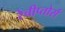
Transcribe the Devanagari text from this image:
रेचीप्तोर्स